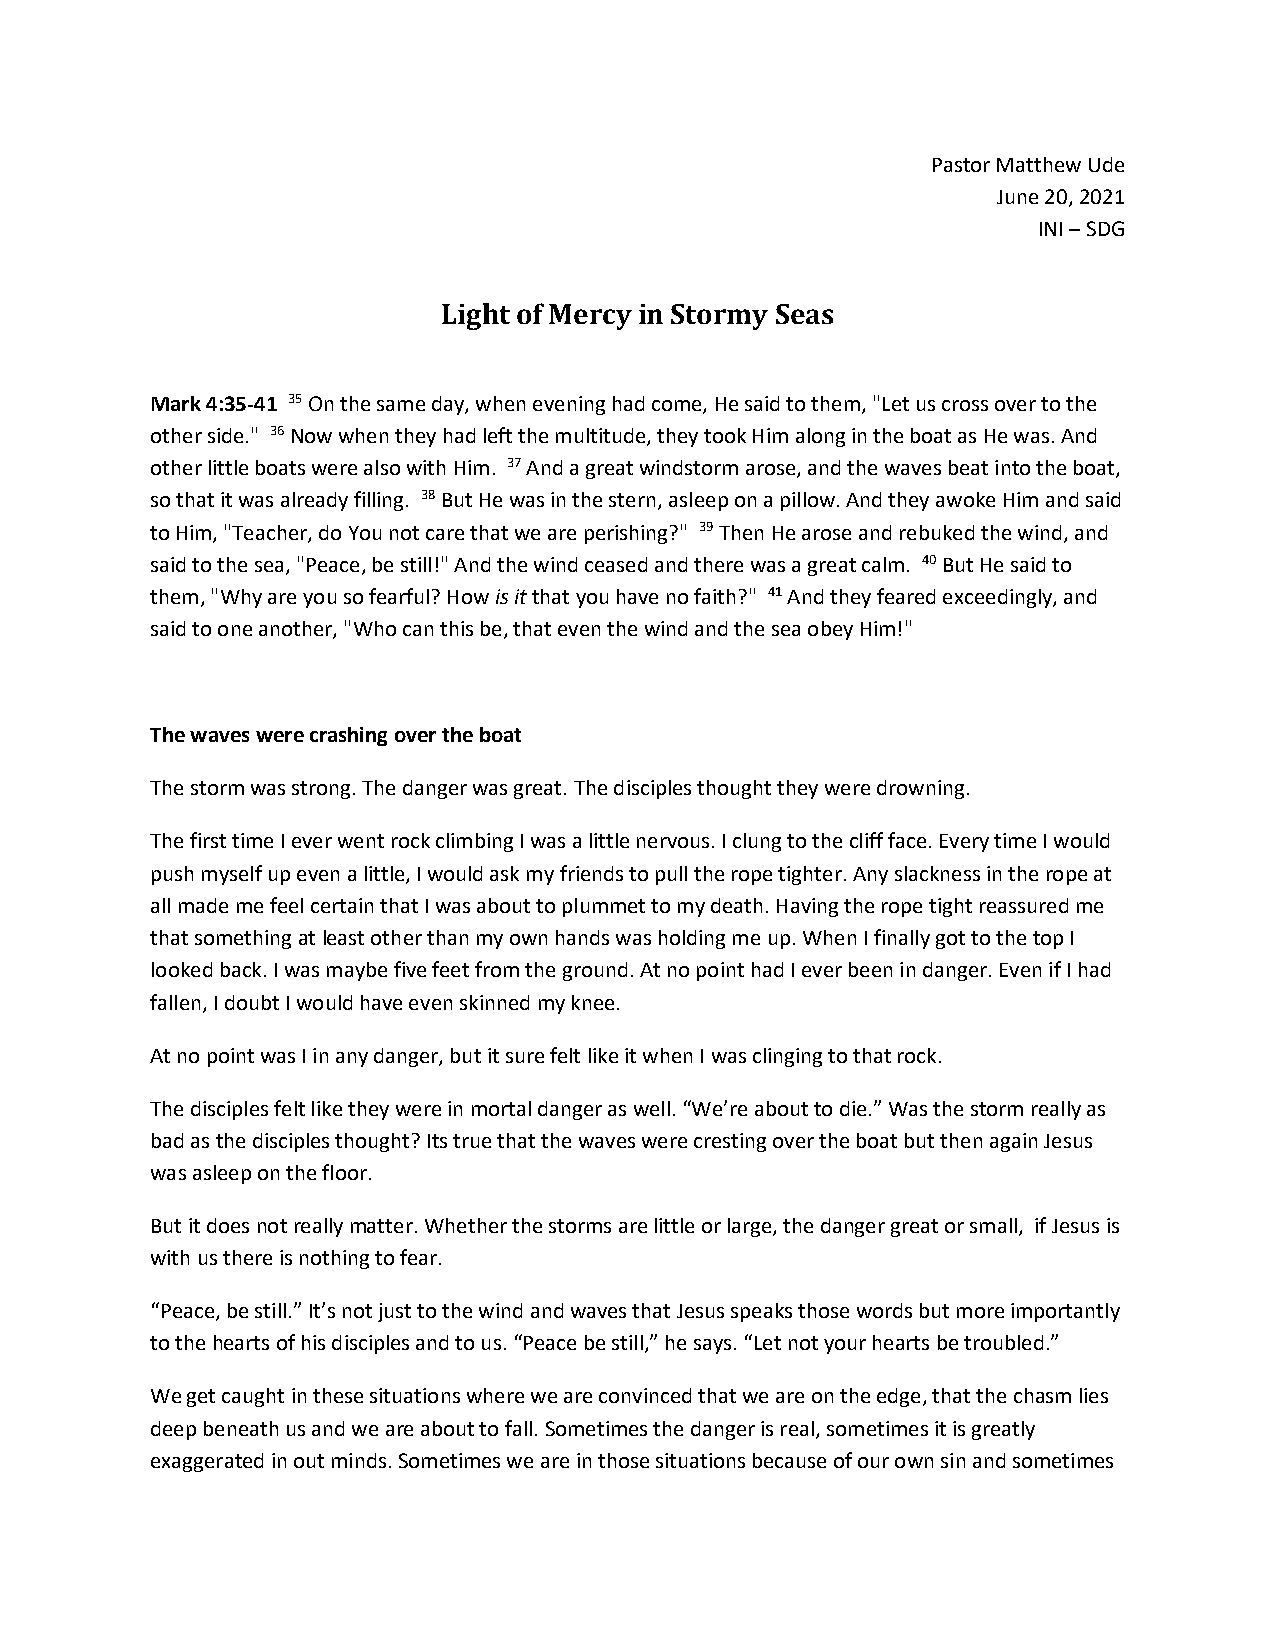
Pastor Matthew Ude
 June 20, 2021
 INI – SDG
 Light of Mercy in Stormy Seas
 Mark 4:35-41 35 On the same day, when evening had come, He said to them, "Let us cross over to the
 other side." 36 Now when they had left the multitude, they took Him along in the boat as He was. And
 other little boats were also with Him. 37 And a great windstorm arose, and the waves beat into the boat,
 so that it was already filling. 38 But He was in the stern, asleep on a pillow. And they awoke Him and said
 to Him, "Teacher, do You not care that we are perishing?" 39 Then He arose and rebuked the wind, and
 said to the sea, "Peace, be still!" And the wind ceased and there was a great calm. 40 But He said to
 them, "Why are you so fearful? How is it that you have no faith?" 41 And they feared exceedingly, and
 said to one another, "Who can this be, that even the wind and the sea obey Him!"
 The waves were crashing over the boat
 The storm was strong. The danger was great. The disciples thought they were drowning.
 The first time I ever went rock climbing I was a little nervous. I clung to the cliff face. Every time I would
 push myself up even a little, I would ask my friends to pull the rope tighter. Any slackness in the rope at
 all made me feel certain that I was about to plummet to my death. Having the rope tight reassured me
 that something at least other than my own hands was holding me up. When I finally got to the top I
 looked back. I was maybe five feet from the ground. At no point had I ever been in danger. Even if I had
 fallen, I doubt I would have even skinned my knee.
 At no point was I in any danger, but it sure felt like it when I was clinging to that rock.
 The disciples felt like they were in mortal danger as well. “We’re about to die.” Was the storm really as
 bad as the disciples thought? Its true that the waves were cresting over the boat but then again Jesus
 was asleep on the floor.
 But it does not really matter. Whether the storms are little or large, the danger great or small, if Jesus is
 with us there is nothing to fear.
 “Peace, be still.” It’s not just to the wind and waves that Jesus speaks those words but more importantly
 to the hearts of his disciples and to us. “Peace be still,” he says. “Let not your hearts be troubled.”
 We get caught in these situations where we are convinced that we are on the edge, that the chasm lies
 deep beneath us and we are about to fall. Sometimes the danger is real, sometimes it is greatly
 exaggerated in out minds. Sometimes we are in those situations because of our own sin and sometimes